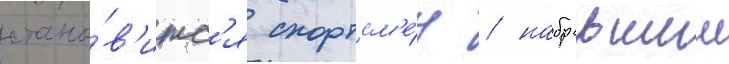
стано́в'итс'я спортсм'е́н / набравшии